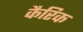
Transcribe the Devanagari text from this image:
कैरिक